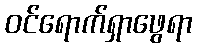
ဝင်ရောက်ရှာဖွေရာ